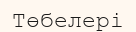
Төбелері